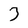
Character: 3